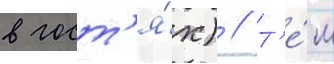
в гост'я́х) // Т'е́м